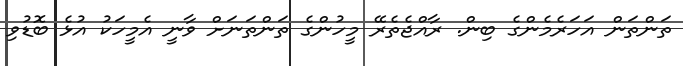
ތަންތަން އަހަރެމެންގެ ބިން. ރާއްޖެތެރޭ މީހުންގެ ތަންތަނަށް ވާނީ އެމީހަކު އުޅެ ބޮޑުވި